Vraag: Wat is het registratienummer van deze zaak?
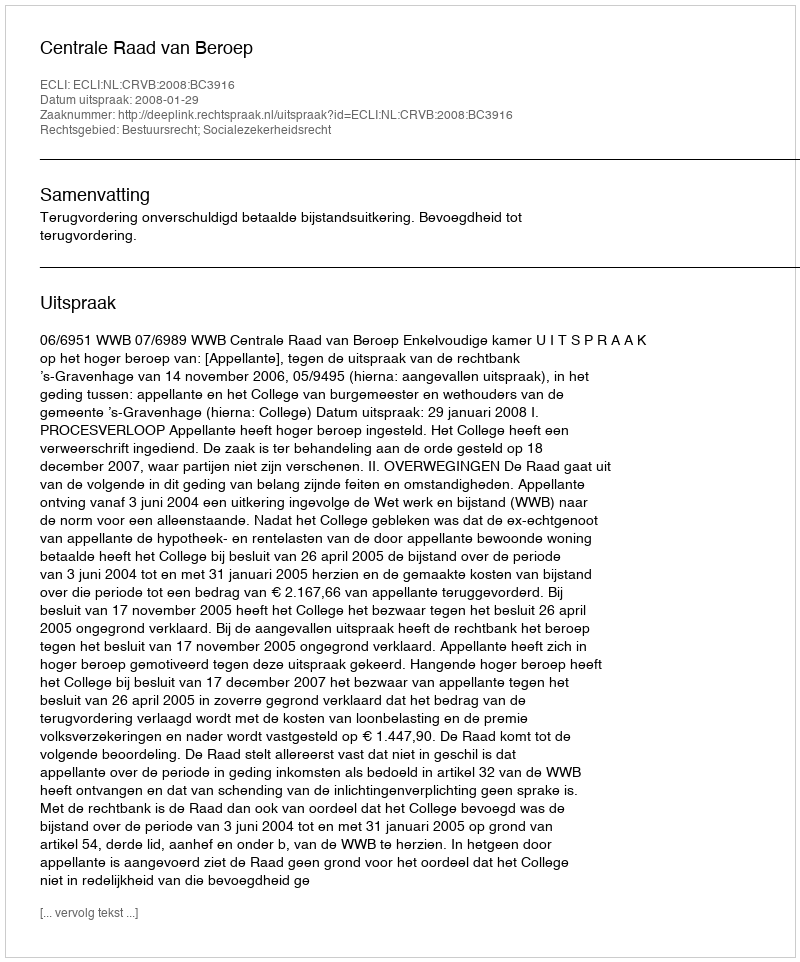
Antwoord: http://deeplink.rechtspraak.nl/uitspraak?id=ECLI:NL:CRVB:2008:BC3916